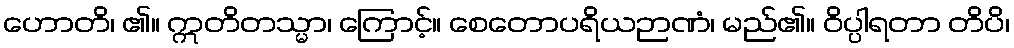
ဟောတိ၊ ၏။ ဣတိတသ္မာ၊ ကြောင့်။ စေတောပရိယဉာဏံ၊ မည်၏။ ဝိပ္ပါရတာ တိပိ၊